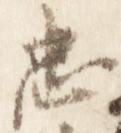
忠